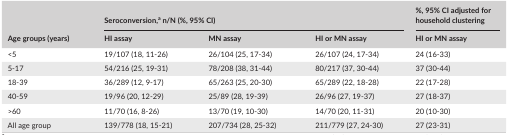
<table><thead><tr><td rowspan="2"><b>Age groups (years)</b></td><td colspan="3"><b>Seroconversion,a n/N (%, 95% CI)</b></td><td><b>%, 95% CI adjusted for household clustering</b></td></tr><tr><td><b>HI assay</b></td><td><b>MN assay</b></td><td><b>HI or MN assay</b></td><td><b>HI or MN assay</b></td></tr></thead><tbody><tr><td>&lt;5</td><td>19/107 (18, 11‐26)</td><td>26/104 (25, 17‐34)</td><td>26/107 (24, 17‐34)</td><td>24 (16‐33)</td></tr><tr><td>5‐17</td><td>54/216 (25, 19‐31)</td><td>78/208 (38, 31‐44)</td><td>80/217 (37, 30‐44)</td><td>37 (30‐44)</td></tr><tr><td>18‐39</td><td>36/289 (12, 9‐17)</td><td>65/263 (25, 20‐30)</td><td>65/289 (22, 18‐28)</td><td>22 (17‐28)</td></tr><tr><td>40‐59</td><td>19/96 (20, 12‐29)</td><td>25/89 (28, 19‐39)</td><td>26/96 (27, 19‐37)</td><td>27 (18‐37)</td></tr><tr><td>&gt;60</td><td>11/70 (16, 8‐26)</td><td>13/70 (19, 10‐30)</td><td>14/70 (20, 11‐31)</td><td>20 (10‐30)</td></tr><tr><td>All age group</td><td>139/778 (18, 15‐21)</td><td>207/734 (28, 25‐32)</td><td>211/779 (27, 24‐30)</td><td>27 (23‐31)</td></tr></tbody></table>